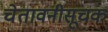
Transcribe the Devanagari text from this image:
चेतावनीसूचक